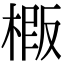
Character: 𭫍